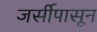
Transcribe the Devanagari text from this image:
जर्सीपासून